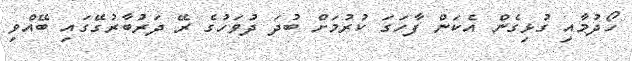
ހޯދުމާއި ގުޅިގެން އެކަން ފާހަގަ ކުރުމަށް ބުދަ ދުވަހުގެ ރޭ ދަރުބާރުގޭގައި ބޭއްވި